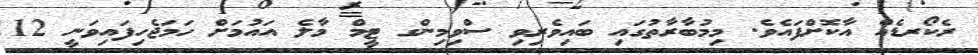
ރެކޯރޑެއް އާކޮށްފައެވެ. މިމުބާރާތުގައި ބައިިވެރިވި ސްވިމިންގ ޓީމް މާލެ އައުމަށް ހަމަޖެހިފައިވަނީ 12